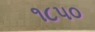
૧૮૫૦